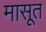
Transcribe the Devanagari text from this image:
मासूत